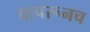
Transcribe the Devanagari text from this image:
वापरूनच